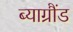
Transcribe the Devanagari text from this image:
ब्याग्रौंड